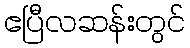
ဧပြီလဆန်းတွင်